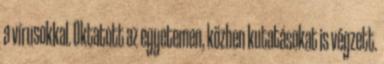
a vírusokkal. Oktatott az egyetemen, közben kutatásokat is végzett.